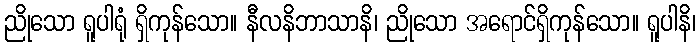
ညိုသော ရူပါရုံ ရှိကုန်သော။ နီလနိဘာသာနိ၊ ညိုသော အရောင်ရှိကုန်သော။ ရူပါနိ၊